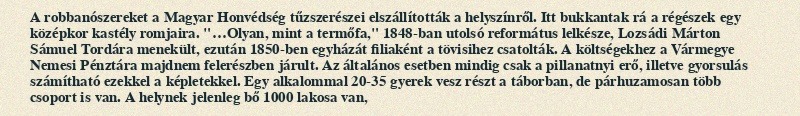
A robbanószereket a Magyar Honvédség tűzszerészei elszállították a helyszínről. Itt bukkantak rá a régészek egy középkor kastély romjaira. "…Olyan, mint a termőfa," 1848-ban utolsó református lelkésze, Lozsádi Márton Sámuel Tordára menekült, ezután 1850-ben egyházát filiaként a tövisihez csatolták. A költségekhez a Vármegye Nemesi Pénztára majdnem felerészben járult. Az általános esetben mindig csak a pillanatnyi erő, illetve gyorsulás számítható ezekkel a képletekkel. Egy alkalommal 20-35 gyerek vesz részt a táborban, de párhuzamosan több csoport is van. A helynek jelenleg bő 1000 lakosa van,